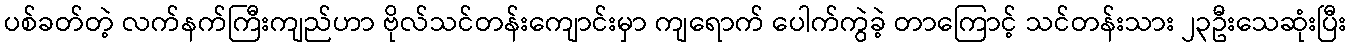
ပစ်ခတ်တဲ့ လက်နက်ကြီးကျည်ဟာ ဗိုလ်သင်တန်းကျောင်းမှာ ကျရောက် ပေါက်ကွဲခဲ့ တာကြောင့် သင်တန်းသား ၂၃ဦးသေဆုံးပြီး